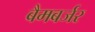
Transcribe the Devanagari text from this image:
बैमबर्जर